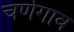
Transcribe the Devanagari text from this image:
चणेगाव